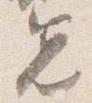
先